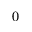
0